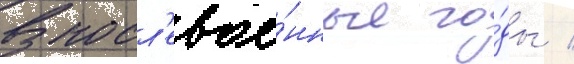
В посл'евое́нные го́ды /